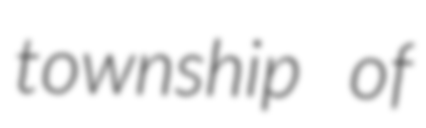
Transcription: township of